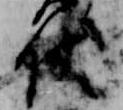
伏